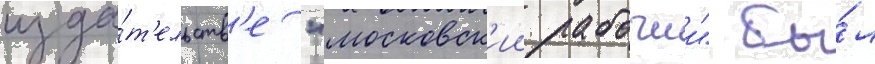
изда́т'ельств'е "московск'ии рабочии" бы́л